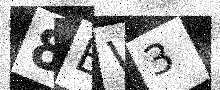
Text: 8BV3